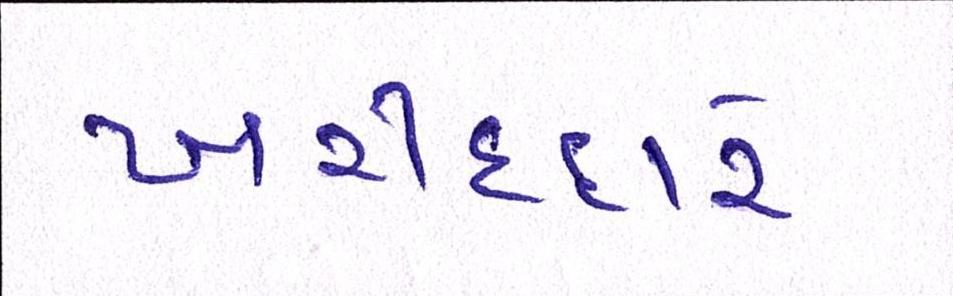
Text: ખરીદદારે